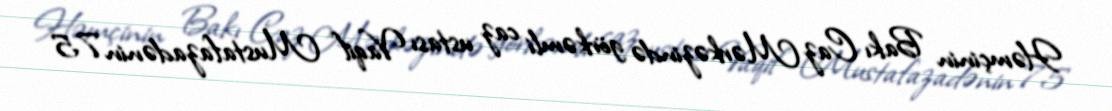
Həmçinin Bakı Caz Mərkəzində görkəmli caz ustası Vaqif Mustafazadənin 75